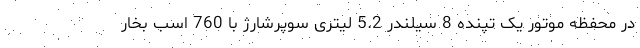
در محفظه موتور یک تپنده 8 سیلندر 5.2 لیتری سوپرشارژ با 760 اسب بخار